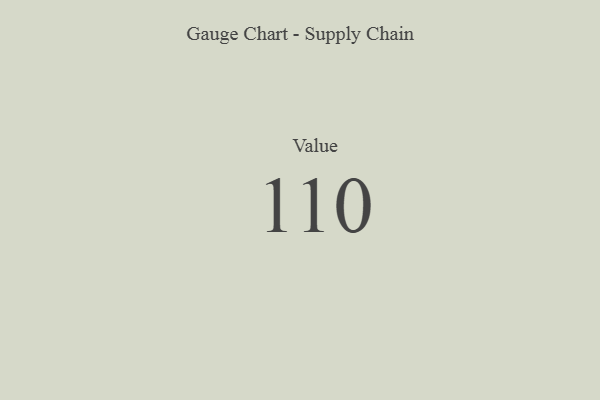
{"axis": {"x": "Metric", "y": "Value"}, "legend": [""], "data": [{"x": "Value", "y": 110, "type": ""}]}